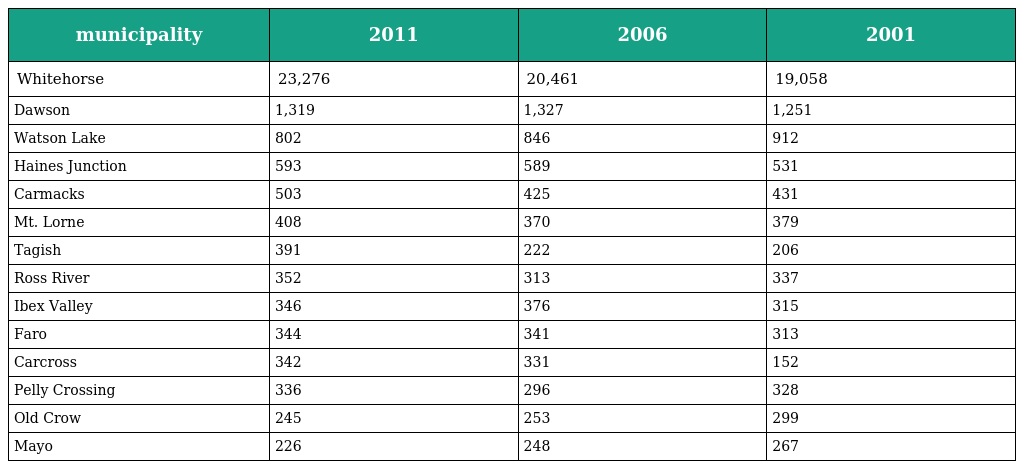
| municipality | 2011 | 2006 | 2001 |
 | --- | --- | --- | --- |
 | Whitehorse | 23,276 | 20,461 | 19,058 |
 | Dawson | 1,319 | 1,327 | 1,251 |
 | Watson Lake | 802 | 846 | 912 |
 | Haines Junction | 593 | 589 | 531 |
 | Carmacks | 503 | 425 | 431 |
 | Mt. Lorne | 408 | 370 | 379 |
 | Tagish | 391 | 222 | 206 |
 | Ross River | 352 | 313 | 337 |
 | Ibex Valley | 346 | 376 | 315 |
 | Faro | 344 | 341 | 313 |
 | Carcross | 342 | 331 | 152 |
 | Pelly Crossing | 336 | 296 | 328 |
 | Old Crow | 245 | 253 | 299 |
 | Mayo | 226 | 248 | 267 |